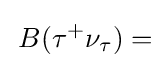
\,B(\mathrm {\tau } ^{+}\mathrm {\nu } _{\mathrm {\tau } })=